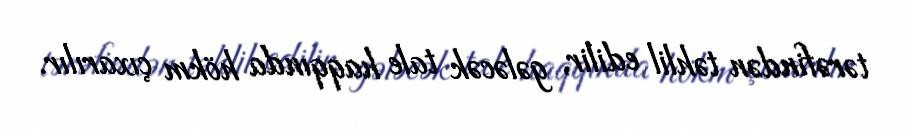
tərəfindən təhlil edilir, gələcək tale haqqında hökm çıxarılır.